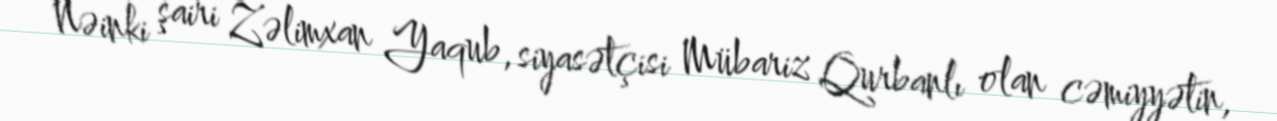
Nəinki şairi Zəlimxan Yaqub, siyasətçisi Mübariz Qurbanlı olan cəmiyyətin,